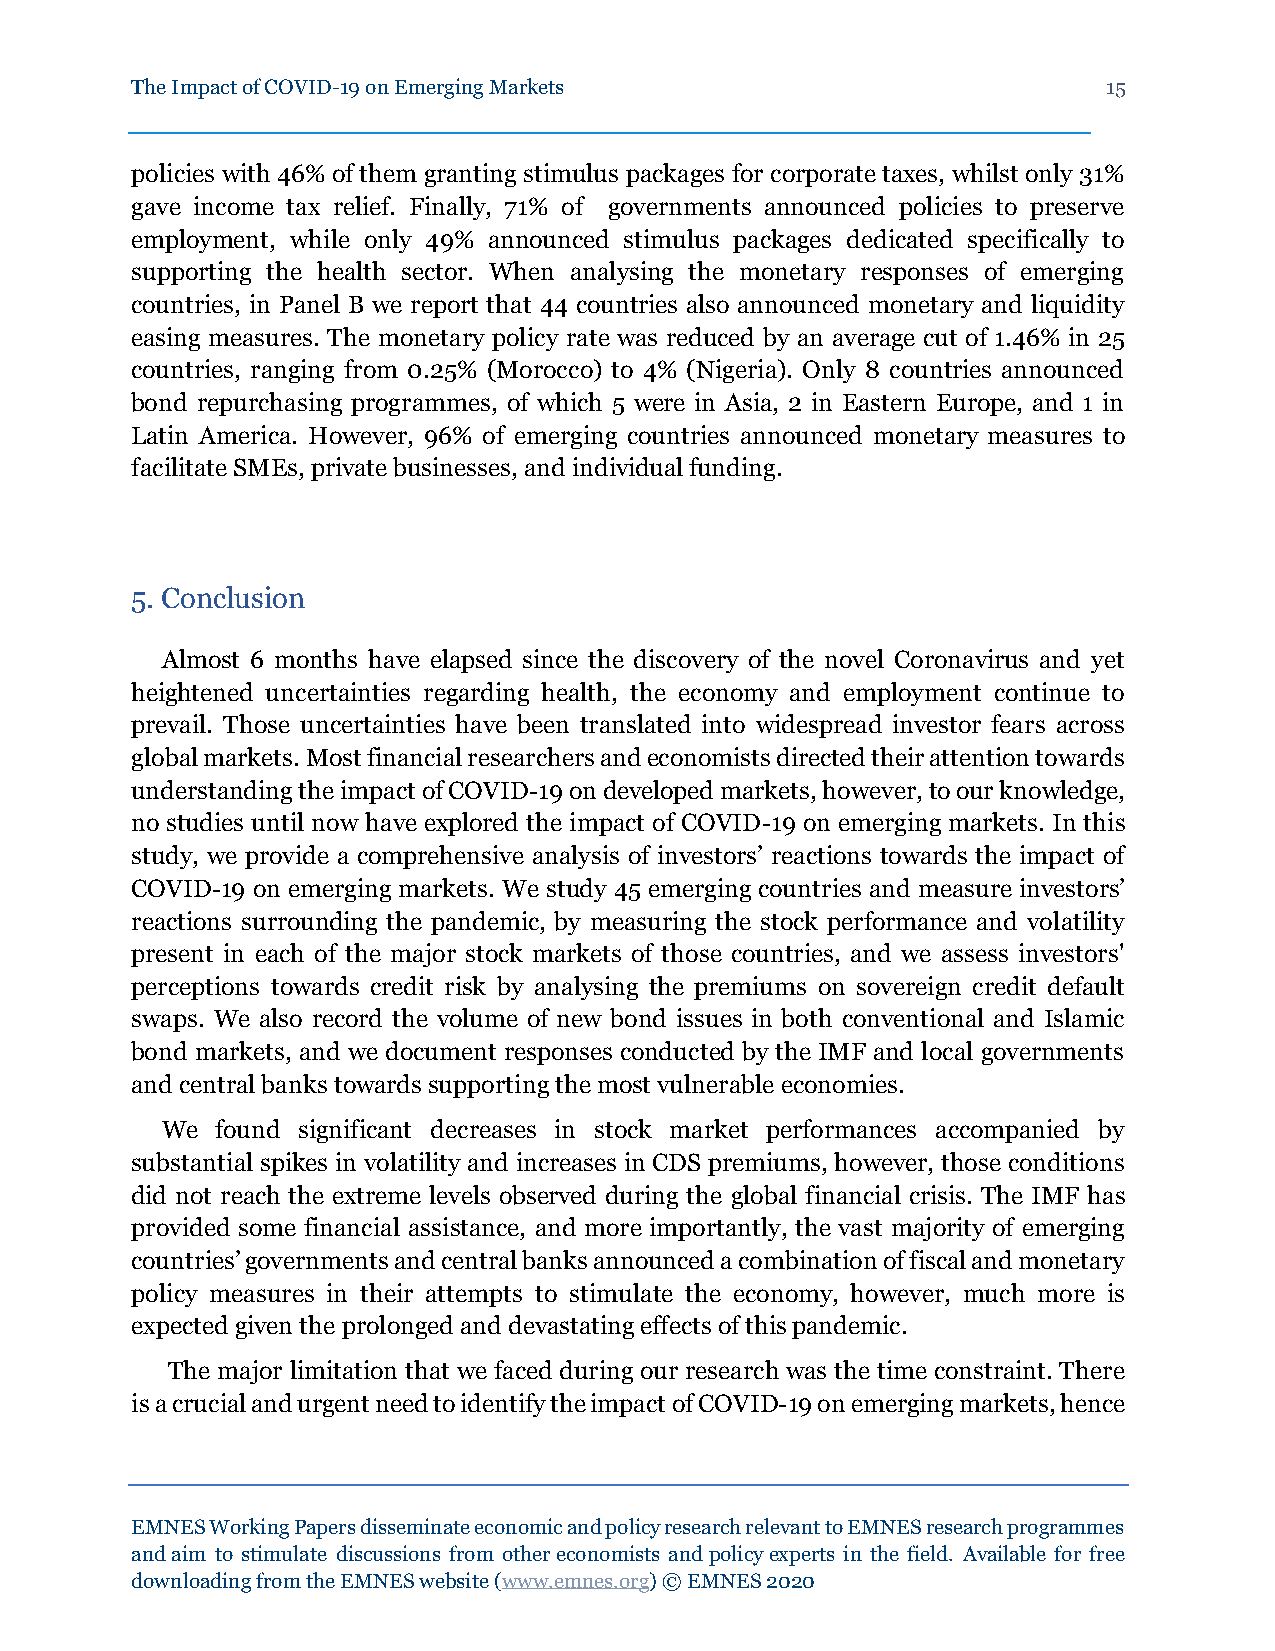
The Impact of COVID-19 on Emerging Markets                      15
 policies with 46% of them granting stimulus packages for corporate taxes, whilst only 31%
 gave income tax relief. Finally, 71% of governments announced policies to preserve
 employment, while only 49% announced stimulus packages dedicated specifically to
 supporting the health sector. When analysing the monetary responses of emerging
 countries, in Panel B we report that 44 countries also announced monetary and liquidity
 easing measures. The monetary policy rate was reduced by an average cut of 1.46% in 25
 countries, ranging from 0.25% (Morocco) to 4% (Nigeria). Only 8 countries announced
 bond repurchasing programmes, of which 5 were in Asia, 2 in Eastern Europe, and 1 in
 Latin America. However, 96% of emerging countries announced monetary measures to
 facilitate SMEs, private businesses, and individual funding.
 5. Conclusion
 Almost 6 months have elapsed since the discovery of the novel Coronavirus and yet
 heightened uncertainties regarding health, the economy and employment continue to
 prevail. Those uncertainties have been translated into widespread investor fears across
 global markets. Most financial researchers and economists directed their attention towards
 understanding the impact of COVID-19 on developed markets, however, to our knowledge,
 no studies until now have explored the impact of COVID-19 on emerging markets. In this
 study, we provide a comprehensive analysis of investors’ reactions towards the impact of
 COVID-19 on emerging markets. We study 45 emerging countries and measure investors’
 reactions surrounding the pandemic, by measuring the stock performance and volatility
 present in each of the major stock markets of those countries, and we assess investors'
 perceptions towards credit risk by analysing the premiums on sovereign credit default
 swaps. We also record the volume of new bond issues in both conventional and Islamic
 bond markets, and we document responses conducted by the IMF and local governments
 and central banks towards supporting the most vulnerable economies.
 We found significant decreases in stock market performances accompanied by
 substantial spikes in volatility and increases in CDS premiums, however, those conditions
 did not reach the extreme levels observed during the global financial crisis. The IMF has
 provided some financial assistance, and more importantly, the vast majority of emerging
 countries’ governments and central banks announced a combination of fiscal and monetary
 policy measures in their attempts to stimulate the economy, however, much more is
 expected given the prolonged and devastating effects of this pandemic.
 The major limitation that we faced during our research was the time constraint. There
 is a crucial and urgent need to identify the impact of COVID-19 on emerging markets, hence
 EMNES Working Papers disseminate economic and policy research relevant to EMNES research programmes
 and aim to stimulate discussions from other economists and policy experts in the field. Available for free
 downloading from the EMNES website (www.emnes.org) © EMNES 2020